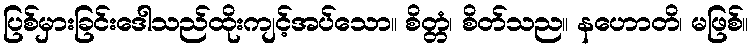
ပြစ်မှားခြင်းဒေါသည်ထိုးကျင့်အပ်သော။ စိတ္တံ၊ စိတ်သည။ နဟောတိ၊ မဖြစ်။